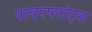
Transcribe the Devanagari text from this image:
पावरप्लांट्स